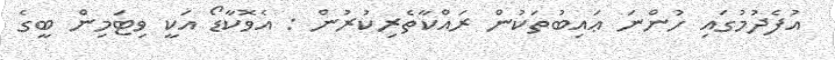
އުފެދުމުގައި ހުންނަ ޢައިބުތަކުން ރައްކާތެރިކުރުން : އެވޮކާޑޯ އަކީ ވިޓަމިން ބީގެ